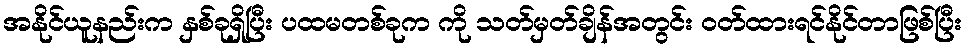
အနိုင်ယူနည်းက နှစ်ခုရှိပြီး ပထမတစ်ခုက ကို သတ်မှတ်ချိန်အတွင်း ဝတ်ထားရင်နိုင်တာဖြစ်ပြီး